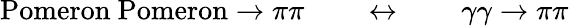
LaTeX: \mathrm{Pomeron~Pomeron}\to\pi\pi\qquad\leftrightarrow\qquad\gamma\gamma\to\pi\pi